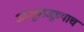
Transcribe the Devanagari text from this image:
आजूबाजूच्याच